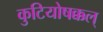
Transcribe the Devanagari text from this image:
कुटियोषक्कल्